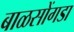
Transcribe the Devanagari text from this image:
बाळसोंगडा